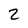
Character: 2